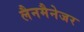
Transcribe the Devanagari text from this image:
लैनमैनेजर